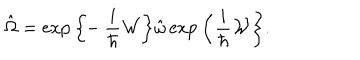
\hat { \Omega } = \exp \bigg \{ \! \! - \frac { i } { \hbar } { \cal W } \bigg \} \hat { \omega } \exp \bigg \{ \frac { i } { \hbar } { \cal W } \bigg \} .